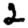
Digit: 2